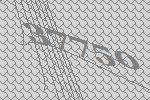
37750